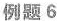
例题6